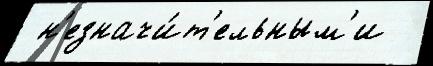
 н'езначи́т'ельным'и